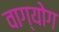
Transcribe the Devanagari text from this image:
वाग्योग